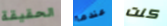
الحقيقة عندما كنت